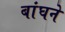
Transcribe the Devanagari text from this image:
बांघने